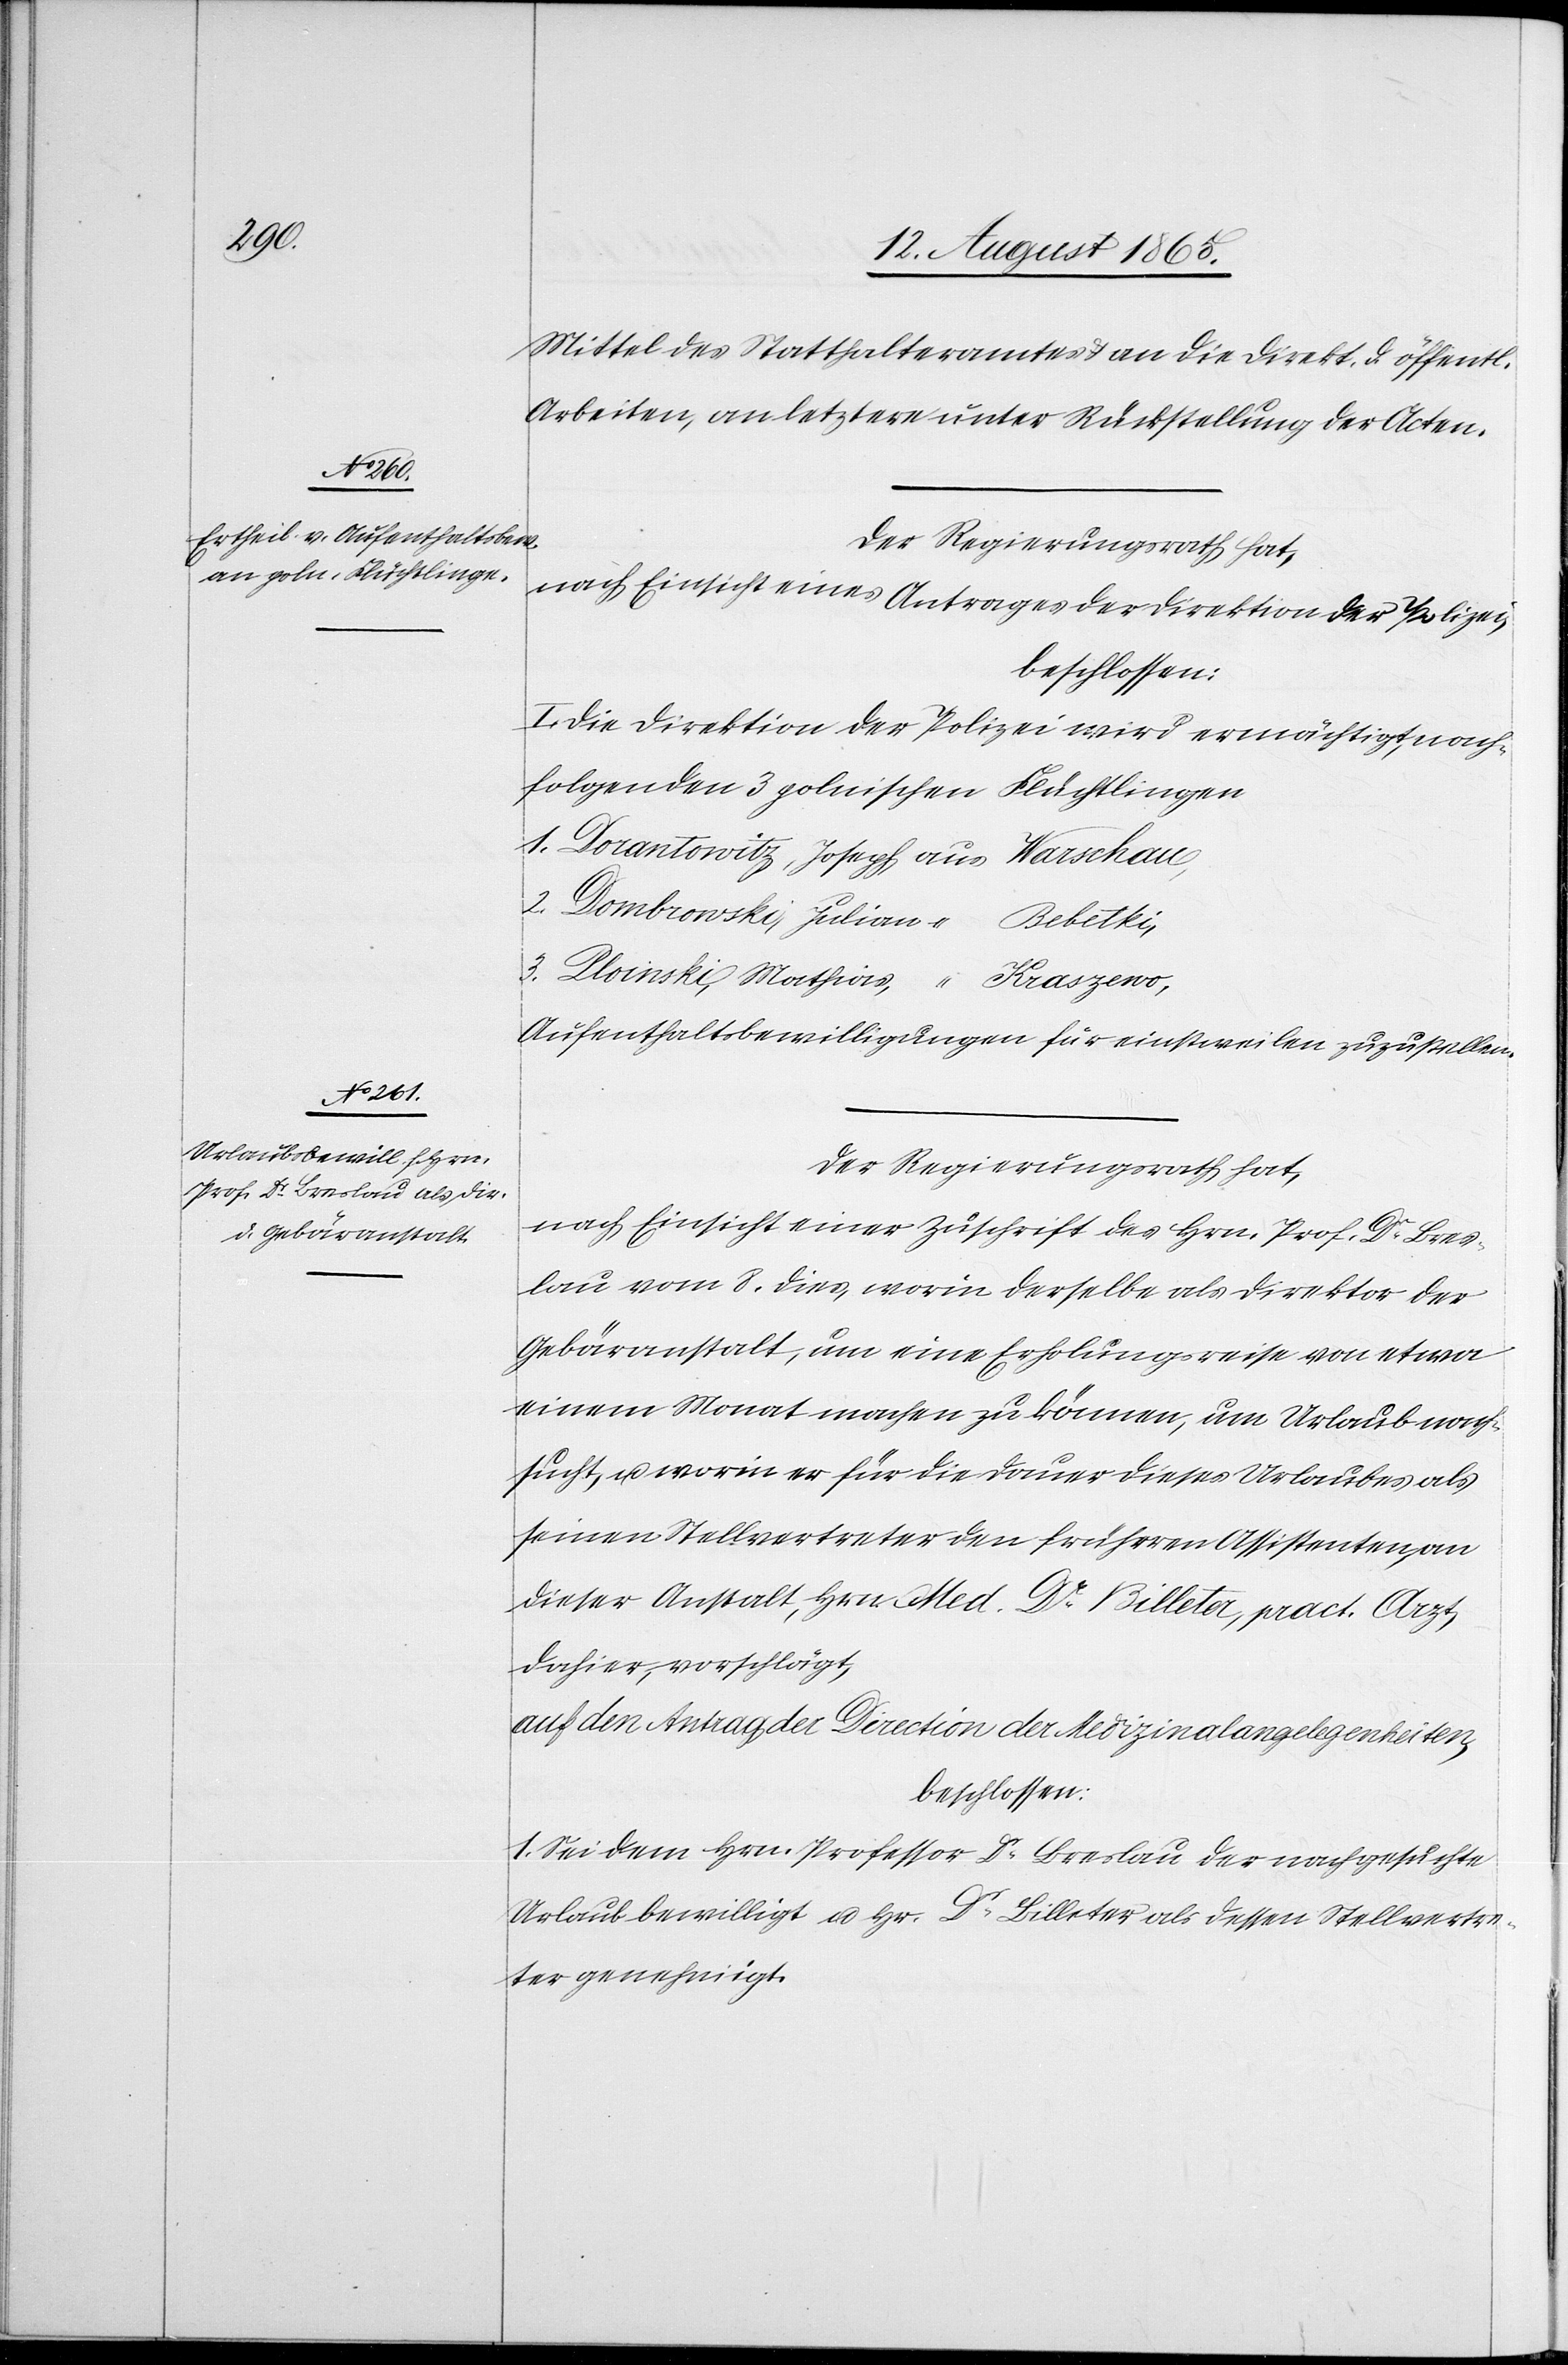
Mittel des Statthalteramtes u. an die Direkt. d. öffentl.
Arbeiten, an letztere unter Rückstellung der Acten.
nach Einsicht eines Antrages der Direktion der Polizei,
beschlossen:
I. Die Direktion der Polizei wird ermächtigt, nach¬
folgenden 3 polnischen Flüchtlingen
1. Dorantowitz, Joseph aus Warschau,
2. Dombrowski, Julian “ Bebetki,
3. Ploinski, Mathias, “
Kraszewo,
Aufenthaltsbewilligungen für einstweilen zuzustellen.
Der Regierungsrath hat,
nach Einsicht einer Zuschrift des Hrn. Prof. Dr Bres¬
lau vom 8. dies, worin derselbe als Direktor der
Gebäranstalt, um eine Erholungsreise von etwas
einem Monat machen zu können, um Urlaub nach¬
sucht, u. worin er für die Dauer dieses Urlaubes als
seinen Stellvertreter den früheren Assistenten, an
dieser Anstalt, Hrn. Med. Dr Billeter, pract. Arzt,
dahier, vorschlägt,
auf den Antrag der Direction der Medizinalangelegenheiten,
beschlossen:
1. Sei dem Hrn. Professor Dr Breslau der nachgesuchte
Urlaub bewilligt u. Hr. Dr Billeter als dessen Stellvertre¬
ter genehmigt.